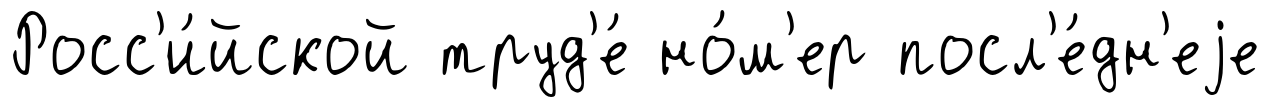
Росс'и́йской труд'е́ но́м'ер посл'е́дн'еjе